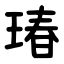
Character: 瑃